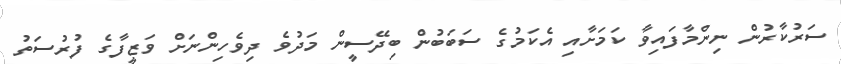
ސަރުކާރުން ނިންމާފައިވާ ކަމަށާއި އެކަމުގެ ސަބަބުން ބިދޭސީން މަދުވެ ދިވެހިންނަށް ވަޒީފާގެ ފުރުސަތު